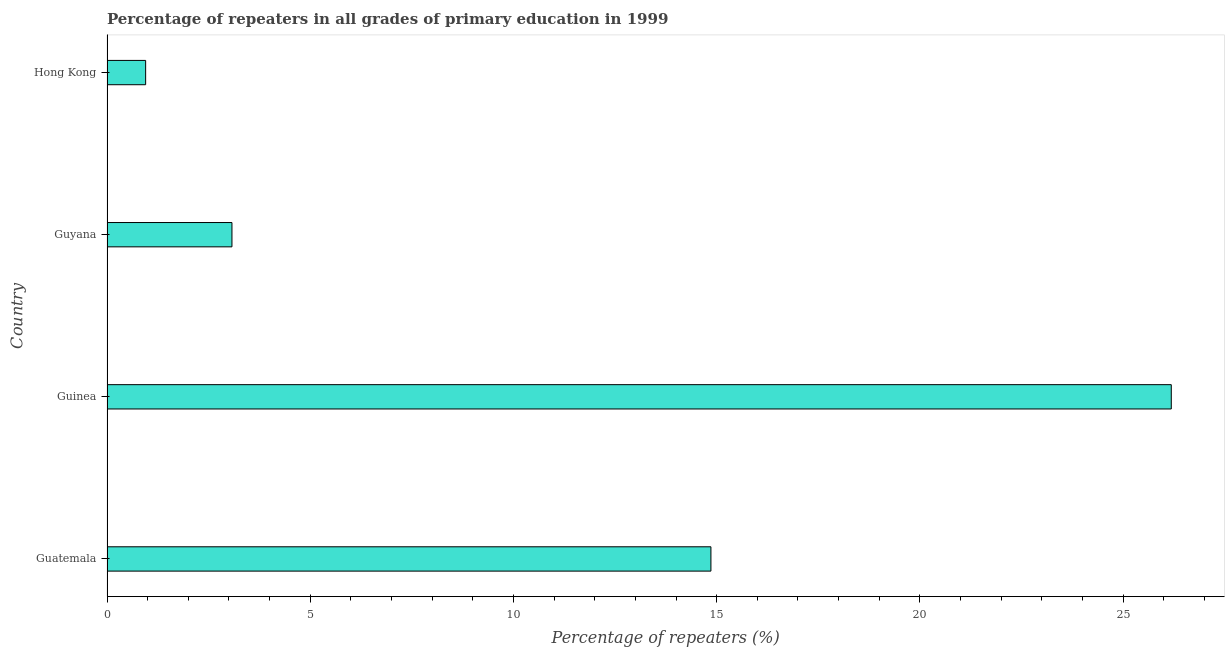
| Country | Repeaters in primary education |
 | --- | --- |
 | Guatemala | 14.9 |
 | Guinea | 26.2 |
 | Guyana | 3.07 |
 | Hong Kong | 0.95 |